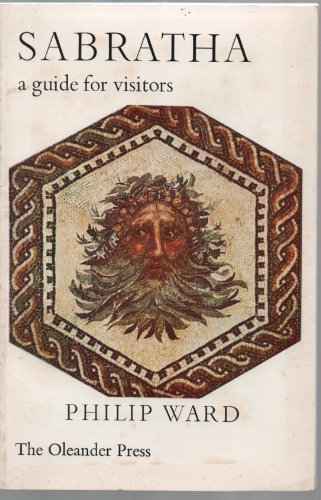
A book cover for Sabratha : a guide for visitors; Philip Ward; Travel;